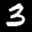
Label: 3